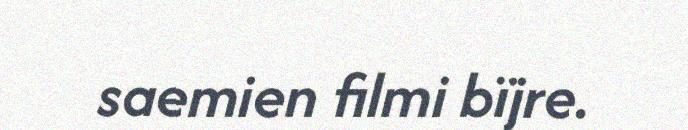
saemien filmi bïjre.